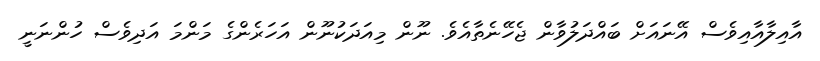
އާއިލާއާއިވެސް އޭނައަށް ބައްދަލުވާން ޖެހޭނެތާއެވެ. ނޫން މިއަދަކުނޫން އަހަރެންގެ މަންމަ އަދިވެސް ހުންނަނީ